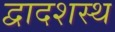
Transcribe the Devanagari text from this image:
द्वादशस्थ